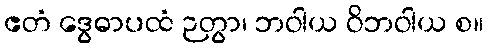
ဧတံ ဒွေဓာပထံ ဉတွာ၊ ဘဝါယ ဝိဘဝါယ စ။